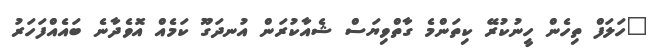
"ހަލަފް ތިހެން ހީނުކުރޭ ކިތަންމެ ގާތްވިޔަސް ޝެއާކުރަން އުނދަގޫ ކަމެއް އޮވެދާނެ ބައެއްފަހަރު